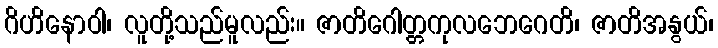
ဂိဟိနောဝါ၊ လူတို့သည်မူလည်း။ ဇာတိဂေါတ္တကုလဘေဂေတိ၊ ဇာတိအနွယ်၊